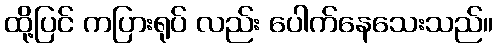
ထို့ပြင် ကပြားရုပ် လည်း ပေါက်နေသေးသည်။